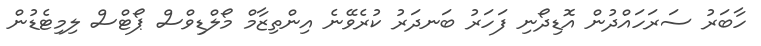
ހާބަރު ސަރަހައްދުން އޮޑިދޯނި ފަހަރު ބަނދަރު ކުރެވޭނެ އިންތިޒާމް މޯލްޑިވްސް ޕޯޓްސް ލިމިޓެޑުން